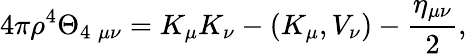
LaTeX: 4\pi\rho^{4}\Theta_{4\; \mu\nu}=K_{\mu}K_{\nu}-(K_{\mu},V_{\nu})-\frac{\eta_{\mu\nu}}{2},